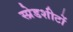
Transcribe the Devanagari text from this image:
स्प्रेडशीटों